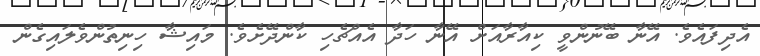
އެދިފައެވެ. އޭނާ ބޭނުންވީ ކިއާރާއަށް އޭނާ ހަދާ އެއްޗެހި ކާންދޭށެވެ. މައިޝާ ހިނިތުންވެލައިގެން